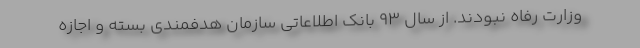
وزارت رفاه نبودند. از سال ۹۳ بانک اطلاعاتی سازمان هدفمندی بسته و اجازه